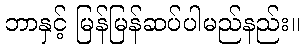
ဘာနှင့် မြန်မြန်ဆပ်ပါမည်နည်း။